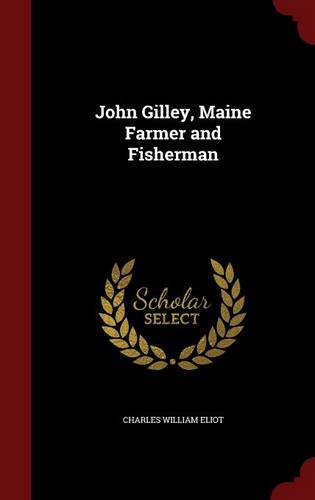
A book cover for John Gilley, Maine Farmer and Fisherman; Charles William Eliot; Biographies & Memoirs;